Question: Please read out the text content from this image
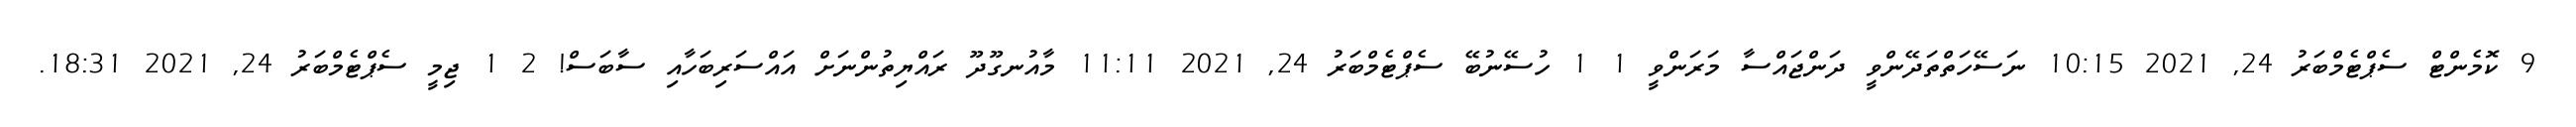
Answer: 9 ކޮމެންޓް ސެޕްޓެމްބަރު 24, 2021 10:15 ނަސޭހަތްތަދޭންވީ ދަންޖައްސާ މަރަންވީ 1 1 ހުސޭނުބޭ ސެޕްޓެމްބަރު 24, 2021 11:11 މާއުނގޫދޫ ރައްޔިތުންނަށް އައްސަރިބަހާއި ސާބަސް! 2 1 ޖިމީ ސެޕްޓެމްބަރު 24, 2021 18:31.